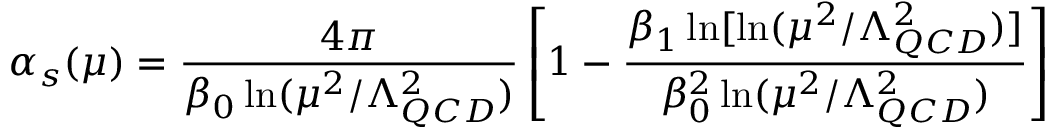
\alpha _ { s } ( \mu ) = \frac { 4 \pi } { \beta _ { 0 } \ln ( \mu ^ { 2 } / \Lambda _ { Q C D } ^ { 2 } ) } \left[ 1 - \frac { \beta _ { 1 } \ln [ \ln ( \mu ^ { 2 } / \Lambda _ { Q C D } ^ { 2 } ) ] } { \beta _ { 0 } ^ { 2 } \ln ( \mu ^ { 2 } / \Lambda _ { Q C D } ^ { 2 } ) } \right]